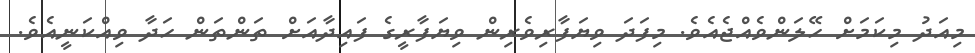
މިއަދު މިކަމަށް ހޭލަންވެއްޖެއެވެ. މިފަދަ ވިޔަފާރިވެރިން ވިޔަފާރީގެ ފައިދާއަށް ތަންތަން ހަދާ ވިއްކަނީއެވެ.